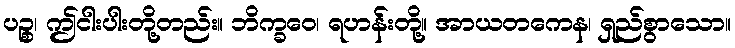
ပဉ္စ၊ ဤငါးပါးတို့တည်း။ ဘိက္ခဝေ၊ ရဟန်းတို့။ အာယတကေန၊ ရှည်စွာသော။